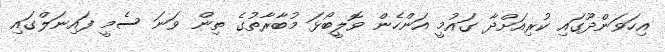
އިހަވަންދޫގައި ކުރިއަށްދާ ގައުމީ އަންހެން ވޮލީބޯޅަ މުބާރާތުގެ ތިން ވަނަ ސެމީ ފައިނަލްގައި